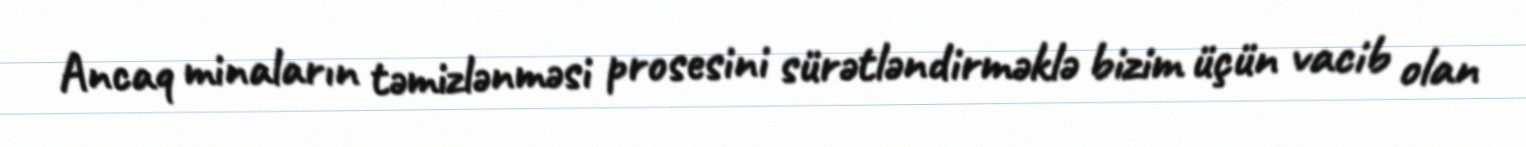
Ancaq minaların təmizlənməsi prosesini sürətləndirməklə bizim üçün vacib olan